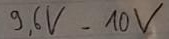
Text: 9,6V-10V